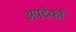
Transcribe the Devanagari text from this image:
अपटेकों